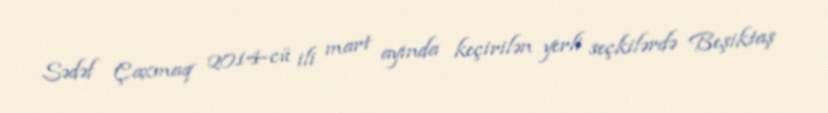
Sədəf Çaxmaq 2014-cü ili mart ayında keçirilən yerli seçkilərdə Beşiktaş